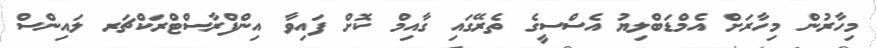
މިހާރުން މިހާރަށް އެމްޑަބްލިޔު އެސްސީގެ ތެރޭގައި ގާއިމް ކޮށް ފައިވާ އިންފްރާސްޓްރަކްޗަރ ލައިންސް